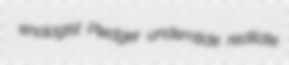
enologist Pledger underntide redilate